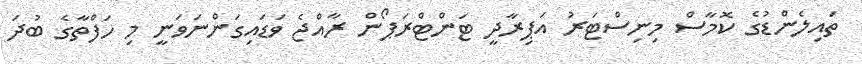
ތައިލެންޑުގެ ކޮމާސް މިނިސްޓަރު އަޕިރާދީ ޓަންޓްރަޕޯން ރާއްޖެ ވަޑައިގަންނަވަނީ މި ހަފްތާގެ ބުދަ